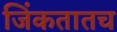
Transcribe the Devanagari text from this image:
जिंकतातच